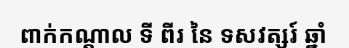
ពាក់កណ្តាល ទី ពីរ នៃ ទសវត្សរ៍ ឆ្នាំ